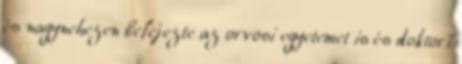
és nagynehezen befejezte az orvosi egyetemet is és doktori